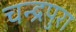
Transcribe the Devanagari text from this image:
चन्द्रपुरा